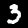
Label: 3